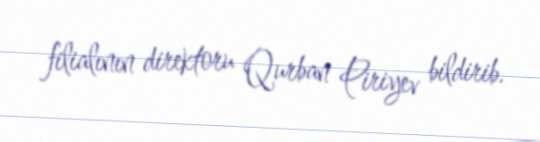
filialının direktoru Qurban Piriyev bildirib.